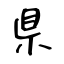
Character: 県